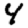
Digit: 4